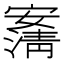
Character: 𰍠